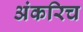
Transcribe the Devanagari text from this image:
अंकरिच